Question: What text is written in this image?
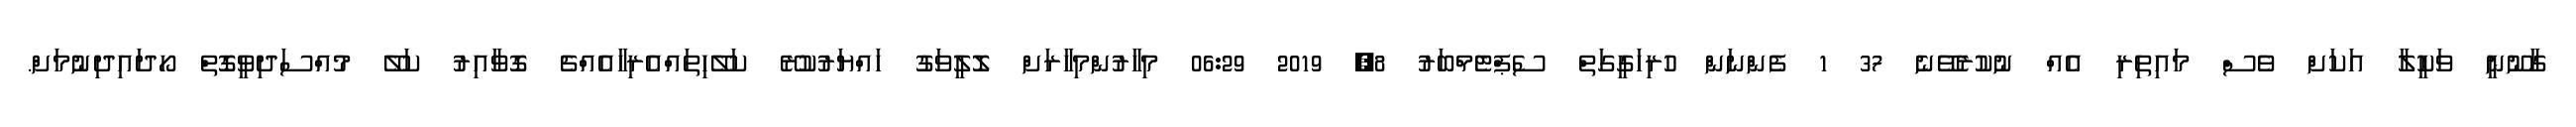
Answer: ގާނޫނީ ވަކީލާ އަކަށް ވެސް މައިތިރި އެއް ނުކުރެވޭނެ 37 1 ފެންނަން ހުރިހަގީގަތް ސެޕްޓެމްބަރު 8, 2019 06:29 މިހާރުންމިހާރަށް ލޮލީވަގު ހައްޔަރުކުރޭ ކަލޭހިތައްއެރިހާއެއްޗެ ގޮވާއިރު ކަލޭ މުއްސަދިވީގޮތް ހޯދައިދިނުމަށް.